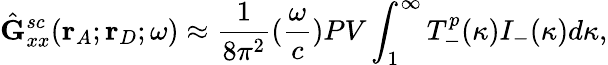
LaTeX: \hat{\mathbf{G}}_{xx}^{sc}(\mathbf{r}_{A};\mathbf{r}_{D};\omega)\approx\frac{1}{8{\pi}^{2}}(\frac{\omega}{c})PV\int_{1}^{\infty}T_{-}^{p}(\kappa)I_{-}(\kappa)d{\kappa},